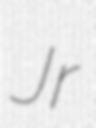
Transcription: Jr